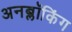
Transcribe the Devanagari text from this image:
अनब्लॉकिंग